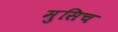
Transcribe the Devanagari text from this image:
मुसिच